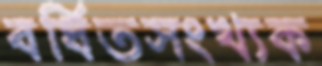
বর্ধিতসংখ্যক